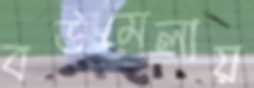
বউমেলায়